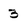
Character: 3